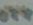
ONE